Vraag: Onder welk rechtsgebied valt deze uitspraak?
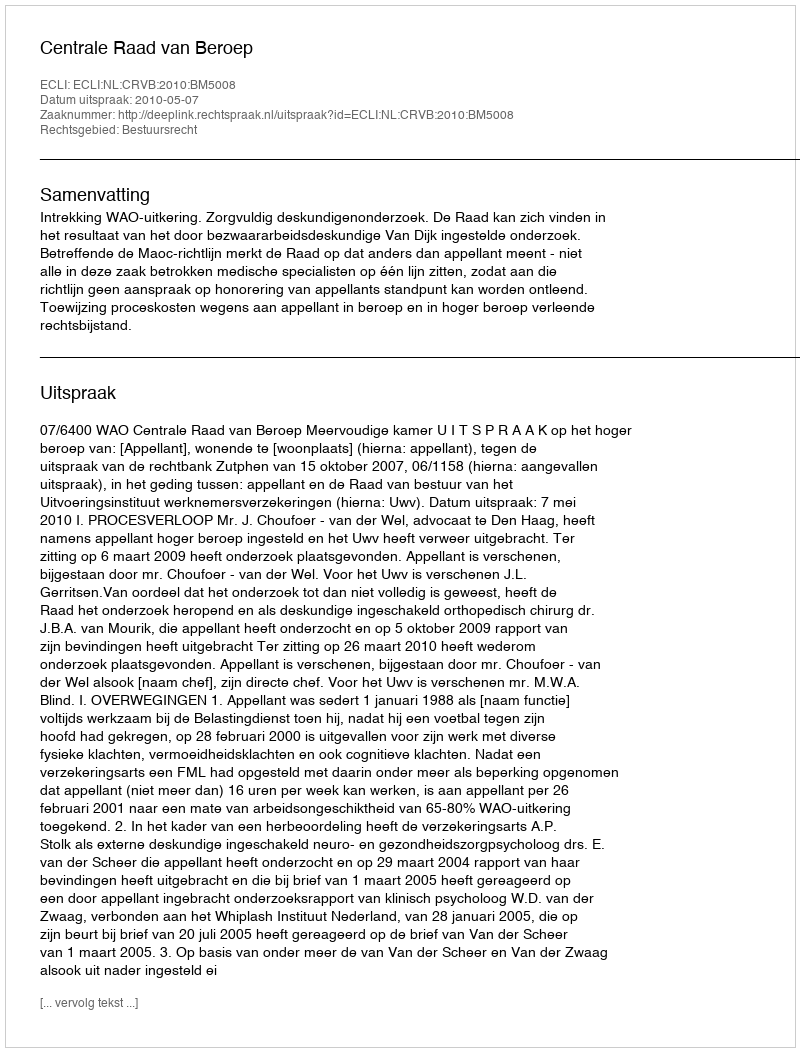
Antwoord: Bestuursrecht